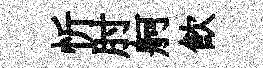
忻肘舸飲